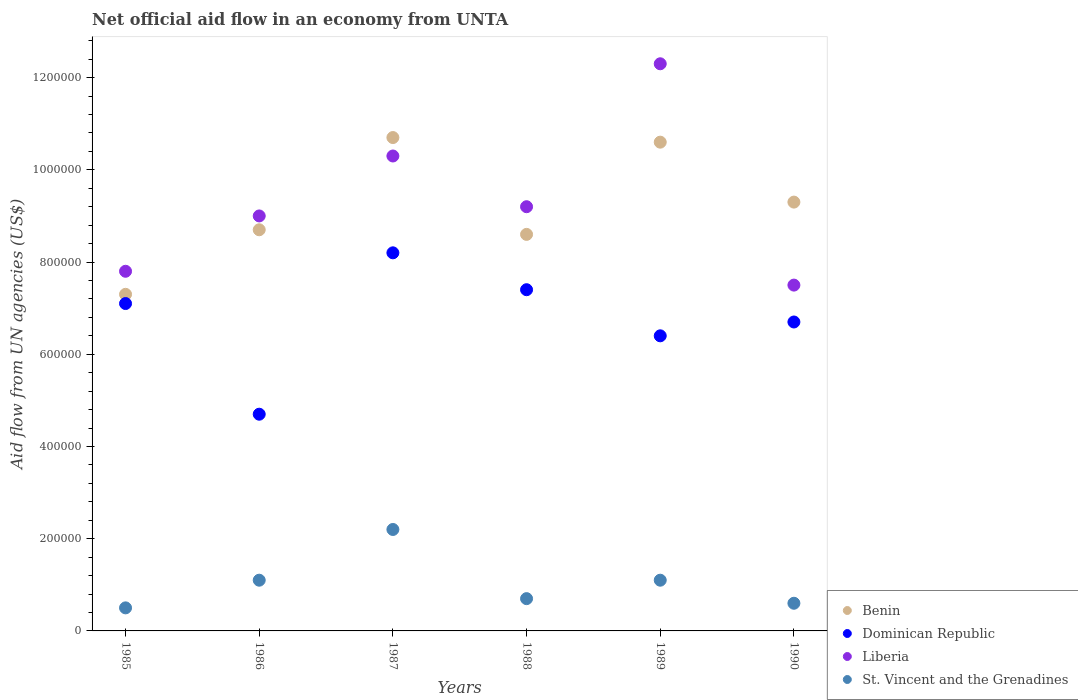
| Years | Benin | Dominican Republic | Liberia | St. Vincent and the Grenadines |
 | --- | --- | --- | --- | --- |
 | 1985 | 7.3e+05 | 7.1e+05 | 7.8e+05 | 5e+04 |
 | 1986 | 8.7e+05 | 4.7e+05 | 9e+05 | 1.1e+05 |
 | 1987 | 1.07e+06 | 8.2e+05 | 1.03e+06 | 2.2e+05 |
 | 1988 | 8.6e+05 | 7.4e+05 | 9.2e+05 | 7e+04 |
 | 1989 | 1.06e+06 | 6.4e+05 | 1.23e+06 | 1.1e+05 |
 | 1990 | 9.3e+05 | 6.7e+05 | 7.5e+05 | 6e+04 |